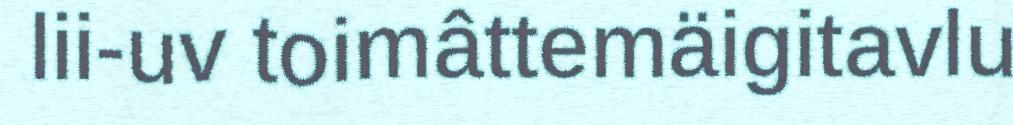
lii-uv toimâttemäigitavlu